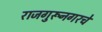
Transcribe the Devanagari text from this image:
राजगुरूनगरचे